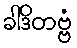
ခါဒိတဗ္ဗံ